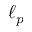
\ell _ { p }